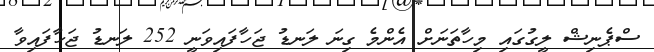
ސްޕެނިޝް ލީގުގައި މިހާތަނަށް އެންމެ ގިނަ ލަނޑު ޖަހާފައިވަނީ 252 ލަނޑު ޖަހާފައިވާ